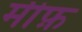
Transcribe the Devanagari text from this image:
मीफ़